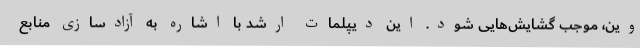
وین، موجب گشایش‌هایی شود. این دیپلمات ارشد با اشاره به آزادسازی منابع